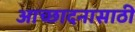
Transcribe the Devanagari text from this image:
आच्छादनासाठी